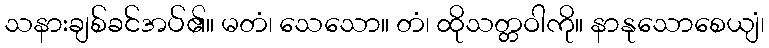
သနားချစ်ခင်အပ်၏။ မတံ၊ သေသော။ တံ၊ ထိုသတ္တဝါကို။ နာနုသောစေယျံ၊